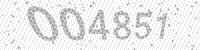
Solution: 004851